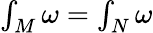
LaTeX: \textstyle{\int_{M}\omega=\int_{N}\omega}